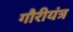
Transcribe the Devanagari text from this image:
गौरीयंत्र